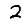
Digit: 2